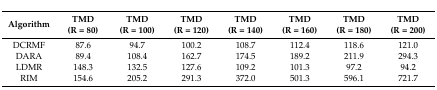
| Algorithm | TMD(R = 80) | TMD(R = 100) | TMD(R = 120) | TMD(R = 140) | TMD(R = 160) | TMD(R = 180) | TMD(R = 200) |
 | --- | --- | --- | --- | --- | --- | --- | --- |
 | DCRMF | 87.6 | 94.7 | 100.2 | 108.7 | 112.4 | 118.6 | 121.0 |
 | DARA | 89.4 | 108.4 | 162.7 | 174.5 | 189.2 | 211.9 | 294.3 |
 | LDMR | 148.3 | 132.5 | 127.6 | 109.2 | 101.3 | 97.2 | 94.2 |
 | RIM | 154.6 | 205.2 | 291.3 | 372.0 | 501.3 | 596.1 | 721.7 |